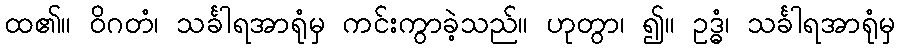
ထ၏။ ဝိဂတံ၊ သင်္ခါရအာရုံမှ ကင်းကွာခဲ့သည်။ ဟုတွာ၊ ၍။ ဥဒ္ဓံ၊ သင်္ခါရအာရုံမှ